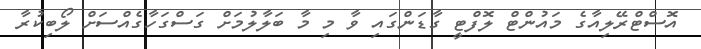
އޮސްޓްރޭލިއާގެ މައުންޓް ލޮފްޓީ ގާޑަންގައި ވާ މި މާ ބަލާލުމަށް ގަސްގަހާގެއްސަށް ލޯބިކުރާ